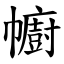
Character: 幮